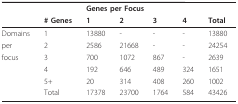
<table><thead><tr><td></td><td></td><td colspan="5"><b>Genes per Focus</b></td></tr><tr><td></td><td><b># Genes</b></td><td><b>1</b></td><td><b>2</b></td><td><b>3</b></td><td><b>4</b></td><td><b>Total</b></td></tr></thead><tbody><tr><td>Domains</td><td>1</td><td>13880</td><td>-</td><td>-</td><td>-</td><td>13880</td></tr><tr><td>per</td><td>2</td><td>2586</td><td>21668</td><td>-</td><td>-</td><td>24254</td></tr><tr><td>focus</td><td>3</td><td>700</td><td>1072</td><td>867</td><td>-</td><td>2639</td></tr><tr><td></td><td>4</td><td>192</td><td>646</td><td>489</td><td>324</td><td>1651</td></tr><tr><td></td><td>5+</td><td>20</td><td>314</td><td>408</td><td>260</td><td>1002</td></tr><tr><td></td><td>Total</td><td>17378</td><td>23700</td><td>1764</td><td>584</td><td>43426</td></tr></tbody></table>